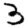
Digit: 3